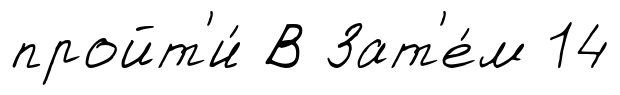
пройт'и́ В Зат'е́м 14